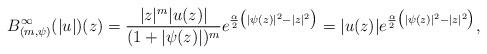
LaTeX: \begin{align*}B^\infty_{(m,\psi)} (|u|)(z) = \frac{|z|^m |u(z)|}{(1+|\psi(z)|)^m} e^{\frac{\alpha}{2}\big(|\psi(z)|^2-|z|^2\big)}= |u(z)| e^{\frac{\alpha}{2}\big(|\psi(z)|^2-|z|^2\big)}, \end{align*}